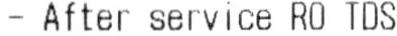
- AFTER SERVICE RO TDS